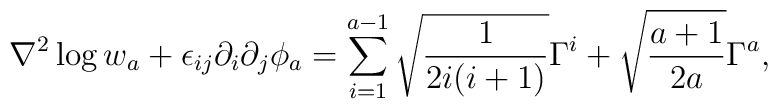
\nabla^2\log w_a+\epsilon_{ij}\partial_i\partial_j\phi_a=\sum_{i=1}^{a-1}\sqrt{\frac{1}{2i(i+1)}}\Gamma^i+\sqrt{\frac{a+1}{2a}}\Gamma^a,